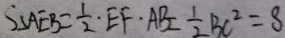
S _ { \Delta A E B } = \frac { 1 } { 2 } E F \cdot A B = \frac { 1 } { 2 } B C ^ { 2 } = 8